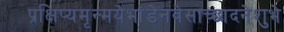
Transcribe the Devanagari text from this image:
प्रक्षिप्यमृन्मयेभांडेनवेसाच्छादनेशुभे